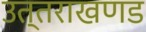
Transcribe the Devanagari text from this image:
उत्तराखणड